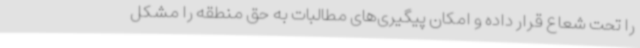
را تحت شعاع قرار داده و امکان پیگیری‌های مطالبات به حق منطقه را مشکل